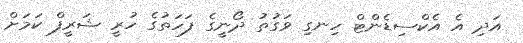
އަދި އެ އެކްސިޑެންޓް ހިނގި ވަގުތު ދޯނީގެ ފަހަތުގެ ހުރީ ޝަރީފް ކަމަށް